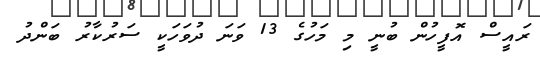
ރައީސް އޮފީހުން ބުނީ މި މަހުގެ 13 ވަނަ ދުވަހަކީ ސަރުކާރު ބަންދު